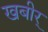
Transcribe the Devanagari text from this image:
खबीर्